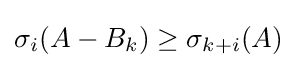
\sigma _{i}(A-B_{k})\geq \sigma _{k+i}(A)